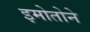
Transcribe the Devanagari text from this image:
इमोतोने